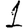
Digit: 1